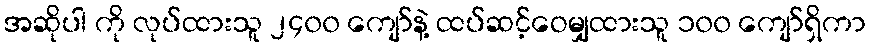
အဆိုပါ ကို လုပ်ထားသူ ၂၄၀၀ ကျော်နဲ့ ထပ်ဆင့်ဝေမျှထားသူ ၁၀၀ ကျော်ရှိကာ